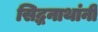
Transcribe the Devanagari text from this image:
सिद्धनाथांनी